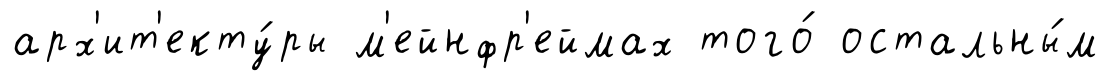
арх'ит'екту́ры м'ейнфр'еймах того́ остальны́м